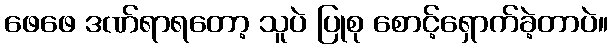
ဖေဖေ ဒဏ်ရာရတော့ သူပဲ ပြုစု စောင့်ရှောက်ခဲ့တာပဲ။